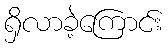
ရှိလာခဲ့ကြောင်း